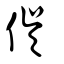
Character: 俁